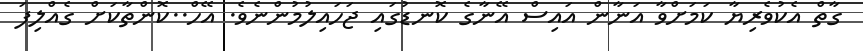
ގާތް އެކުވެރިޔާ ކަމަށްވާ އަނާން އައިސް އޭނާގެ ކޮނޑުގައި ޖަހައިލުމުންނެވެ. އޭހް..ކޮންތާކަށް ގެއްލިފަ